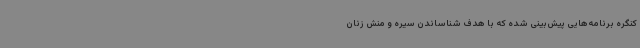
کنگره برنامه‌هایی پیش‌بینی شده که با هدف شناساندن سیره و منش زنان